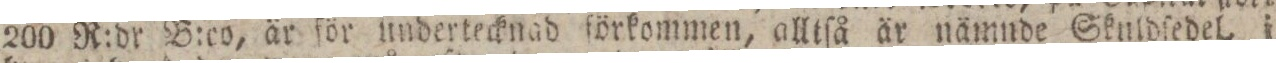
200 R:dr B:co, är för undertecknad förkommen, alltſå är nämnde Skuldſedel, i